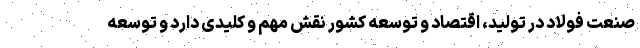
صنعت فولاد در تولید، اقتصاد و توسعه کشور نقش مهم و کلیدی دارد و توسعه